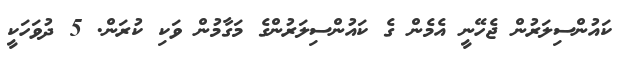
ކައުންސިލަރުން ޖެހޭނީ އެމެން ގެ ކައުންސިލަރުންގެ މަގާމުން ވަކި ކުރަން. 5 ދުވަހަކީ